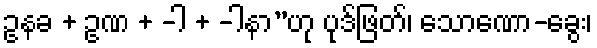
ဥနခ + ဥဏ + -ါ + -ါနာ”ဟု ပုဒ်ဖြတ်၊ သောဏော-ခွေး၊